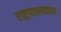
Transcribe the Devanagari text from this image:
राष्ट्राधक्षपदावर